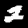
Label: 2